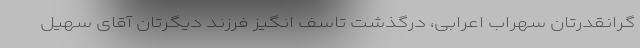
گرانقدرتان سهراب اعرابی، درگذشت تاسف انگیز فرزند دیگرتان آقای سهیل